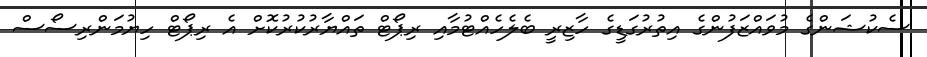
ސެކުޝަންގެ މުވައްޒަފުންގެ އިތުރުގަޑީގެ ހާޒިރީ ބެލެހެއްޓުމާއި ރިޕޯޓް ތައްޔާރުކުރުކޮށް އެ ރިޕޯޓް ހިޔުމަންރިސޯސް